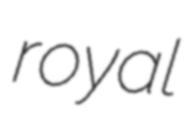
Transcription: royal